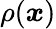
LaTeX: \rho({\boldsymbol{x}})